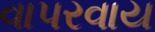
વાપરવાય